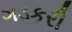
ગડકરી